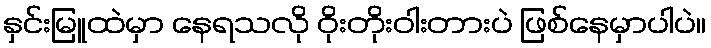
နှင်းမြူထဲမှာ နေရသလို ဝိုးတိုးဝါးတားပဲ ဖြစ်နေမှာပါပဲ။